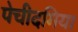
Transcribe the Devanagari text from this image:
पेचीदगिया